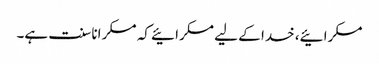
مسکرائیے، خدا کے لیے مسکرائیے کہ مسکرانا سنت ہے۔